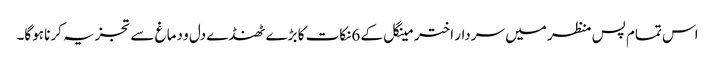
اس تمام پس منظر میں سردار اختر مینگل کے 6نکات کا بڑے ٹھنڈے دل و دماغ سے تجزیہ کرنا ہوگا۔